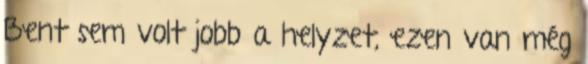
Bent sem volt jobb a helyzet, ezen van még